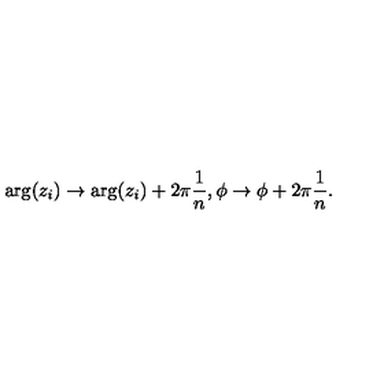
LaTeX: \arg ( z _ { i } ) \to \arg ( z _ { i } ) + 2 \pi \frac 1 n , \phi \to \phi + 2 \pi \frac 1 n .